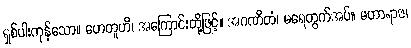
ရှစ်ပါးကုန်သော။ ဟေတူဟိ၊ အကြောင်းတို့ဖြင့်။ အဂဏိတံ၊ မရေတွက်အပ်။ မဟာရာဇ၊